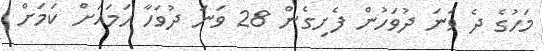
މަހުގެ ދެ ވަނަ ދުވަހުން ފެށިގެން 28 ވަނަ ދުވަހާ ހަމައަށް ކަމަށް